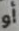
أو